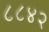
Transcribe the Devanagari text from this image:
८८४२